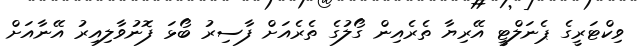
ވިކްޓަރީގެ ޕެނަލްޓީ އޭރިޔާ ތެރެއިން ގޯލުގެ ތެރެއަށް ފާސިރު ބޯޅަ ފޮނުވާލިއިރު އޭނާއަށް